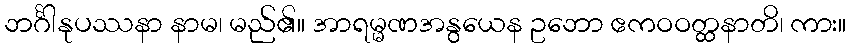
ဘင်္ဂါနုပဿနာ နာမ၊ မည်၏။ အာရမ္မဏအနွယေန ဥဘော ဧကဝဝတ္ထနာတိ၊ ကား။